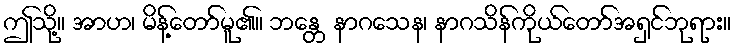
ဤသို့။ အာဟ၊ မိန့်တော်မူ၏။ ဘန္တေ နာဂသေန၊ နာဂသိန်ကိုယ်တော်အရှင်ဘုရား။